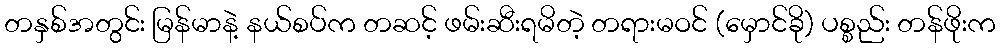
တနှစ်အတွင်း မြန်မာနဲ့ နယ်စပ်က တဆင့် ဖမ်းဆီးရမိတဲ့ တရားမဝင် (မှောင်ခို) ပစ္စည်း တန်ဖိုးက